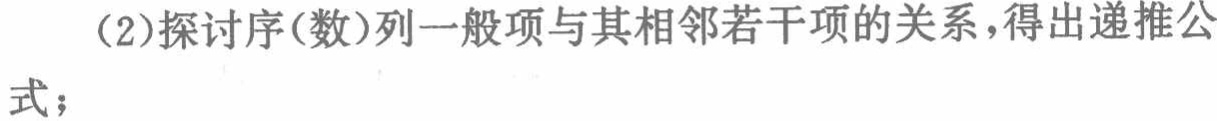
（2）探讨序(数)列一般项与其相邻若干项的关系，得出递推公式；